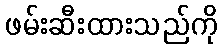
ဖမ်းဆီးထားသည်ကို